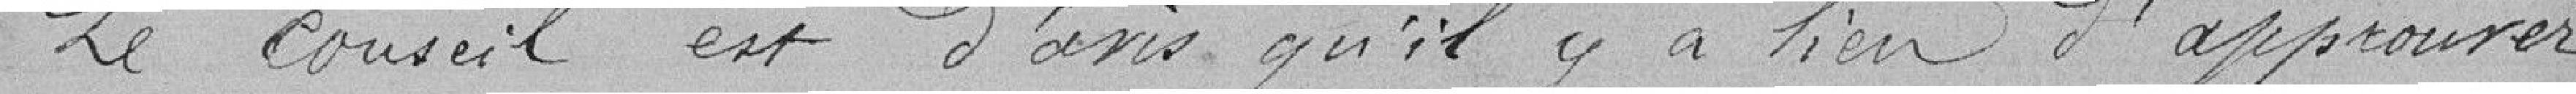
Le conseil est d'avis qu'il y a lieu d'approuver